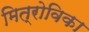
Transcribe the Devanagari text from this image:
मित्रोविका